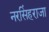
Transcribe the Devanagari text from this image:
नरसिंहराजा